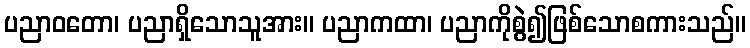
ပညာဝတော၊ ပညာရှိသောသူအား။ ပညာကထာ၊ ပညာကိုစွဲ၍ဖြစ်သောစကားသည်။